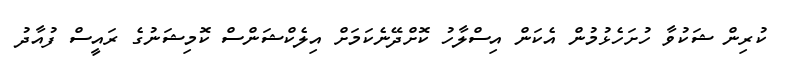
ކުރިން ޝަކުވާ ހުށަހެޅުމުން އެކަން އިސްލާހު ކޮށްދޭނެކަމަށް އިލެކްޝަންސް ކޮމިޝަނުގެ ރައީސް ފުއާދު